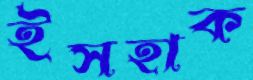
ইসহাক